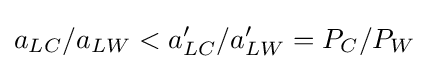
\textstyle a_{LC}/a_{LW}<a'_{LC}/a'_{LW}=P_{C}/P_{W}